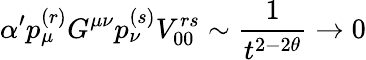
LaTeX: \alpha^{\prime}p_{\mu}^{(r)}G^{\mu\nu}p_{\nu}^{(s)}V_{00}^{rs}\sim{\frac{1}{t^{2-2\theta}}}\to 0